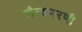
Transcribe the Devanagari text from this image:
सैन्यभरणी